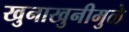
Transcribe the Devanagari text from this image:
खुनाखुनीमुळे